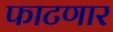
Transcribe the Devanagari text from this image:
फाटणार